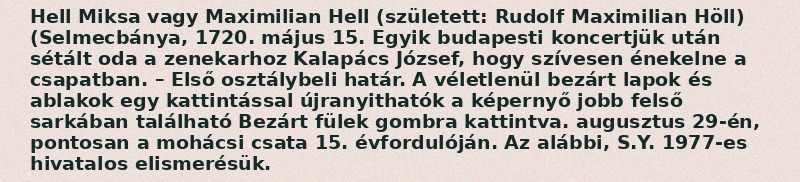
Hell Miksa vagy Maximilian Hell (született: Rudolf Maximilian Höll) (Selmecbánya, 1720. május 15. Egyik budapesti koncertjük után sétált oda a zenekarhoz Kalapács József, hogy szívesen énekelne a csapatban. – Első osztálybeli határ. A véletlenül bezárt lapok és ablakok egy kattintással újranyithatók a képernyő jobb felső sarkában található Bezárt fülek gombra kattintva. augusztus 29-én, pontosan a mohácsi csata 15. évfordulóján. Az alábbi, S.Y. 1977-es hivatalos elismerésük.